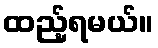
ထည့်ရမယ်။